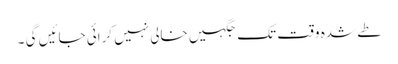
طے شدہ وقت تک جگہیں خالی نہیں کرائی جائیں گی ۔